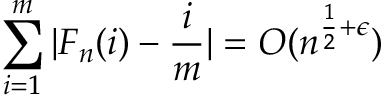
\sum _ { i = 1 } ^ { m } | F _ { n } ( i ) - { \frac { i } { m } } | = O ( n ^ { { \frac { 1 } { 2 } } + \epsilon } )